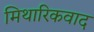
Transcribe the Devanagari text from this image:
मिथारिकवाद